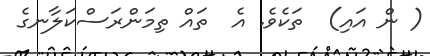
( ން އައި)  ތަކެވެ. އެ  ތައް ތިމަންރަސްކަލާނގެ